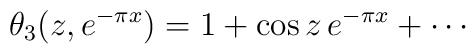
\theta_3(z,e^{-\pi x}) = 1 + \cos z\,e^{-\pi x}+ \cdots